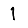
Digit: 1